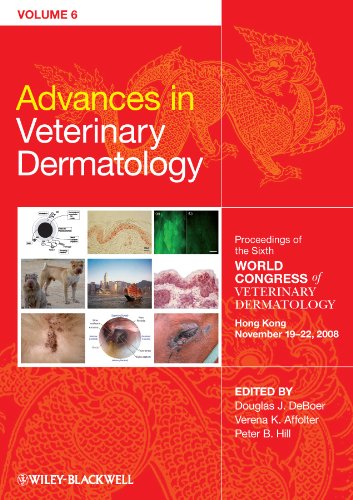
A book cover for Advances in Veterinary Dermatology, Proceedings of the Sixth World Congress of Veterinary Dermatology Hong Kong November 19 - 22, 2008 (Volume 6); Medical Books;